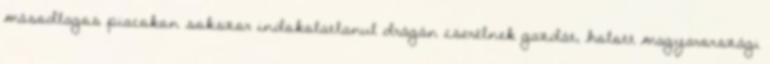
másodlagos piacokon sokszor indokolatlanul drágán cserélnek gazdát, holott magyarországi